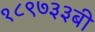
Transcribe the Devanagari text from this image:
१८९७३३बी